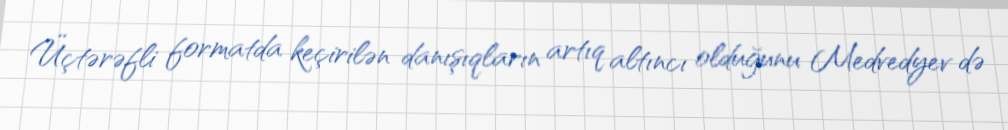
Üçtərəfli formatda keçirilən danışıqların artıq altıncı olduğunu Medvedyev də